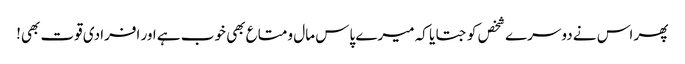
پھر اس نے دوسرے شخص کو جتایا کہ میرے پاس مال و متاع بھی خوب ہے اور افرادی قوت بھی!